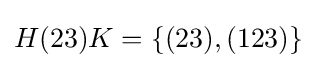
H(23)K=\{(23),(123)\}